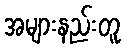
အများနည်းတူ